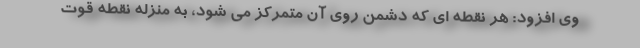
وی افزود: هر نقطه ای که دشمن روی آن متمرکز می شود، به منزله نقطه قوت